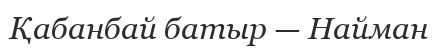
Қабанбай батыр — Найман